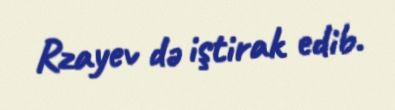
Rzayev də iştirak edib.